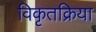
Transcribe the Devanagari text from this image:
विकृतक्रिया